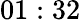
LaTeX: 01:32